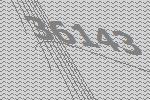
36143